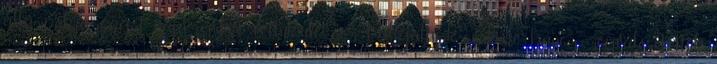
állampolgárságot napirendre vettük, de nem hallgattunk senkire, hanem megvalósítottuk